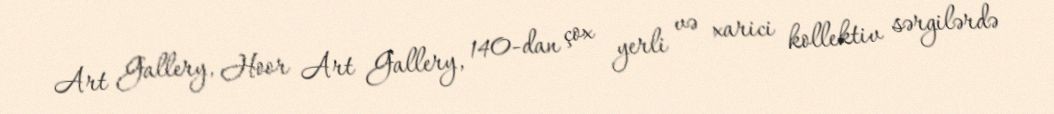
Art Gallery, Hoor Art Gallery, 140-dan çox yerli və xarici kollektiv sərgilərdə